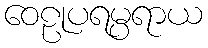
ဝေဠုပရမ္ပရာယ